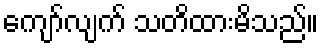
ကျော်လျက် သတိထားမိသည်။